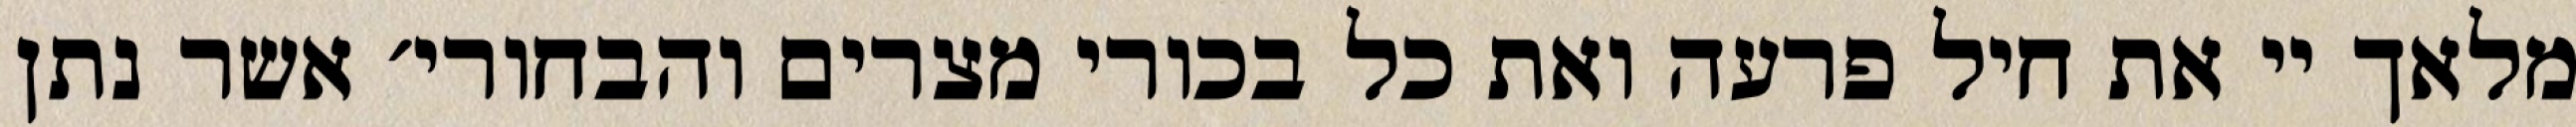
מלאך יי את חיל פרעה ואת כל בכורי מצרים והבחורי׳ אשר נתן